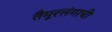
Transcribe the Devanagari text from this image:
तैमूरलंगाची